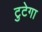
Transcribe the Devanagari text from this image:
टुटेगा